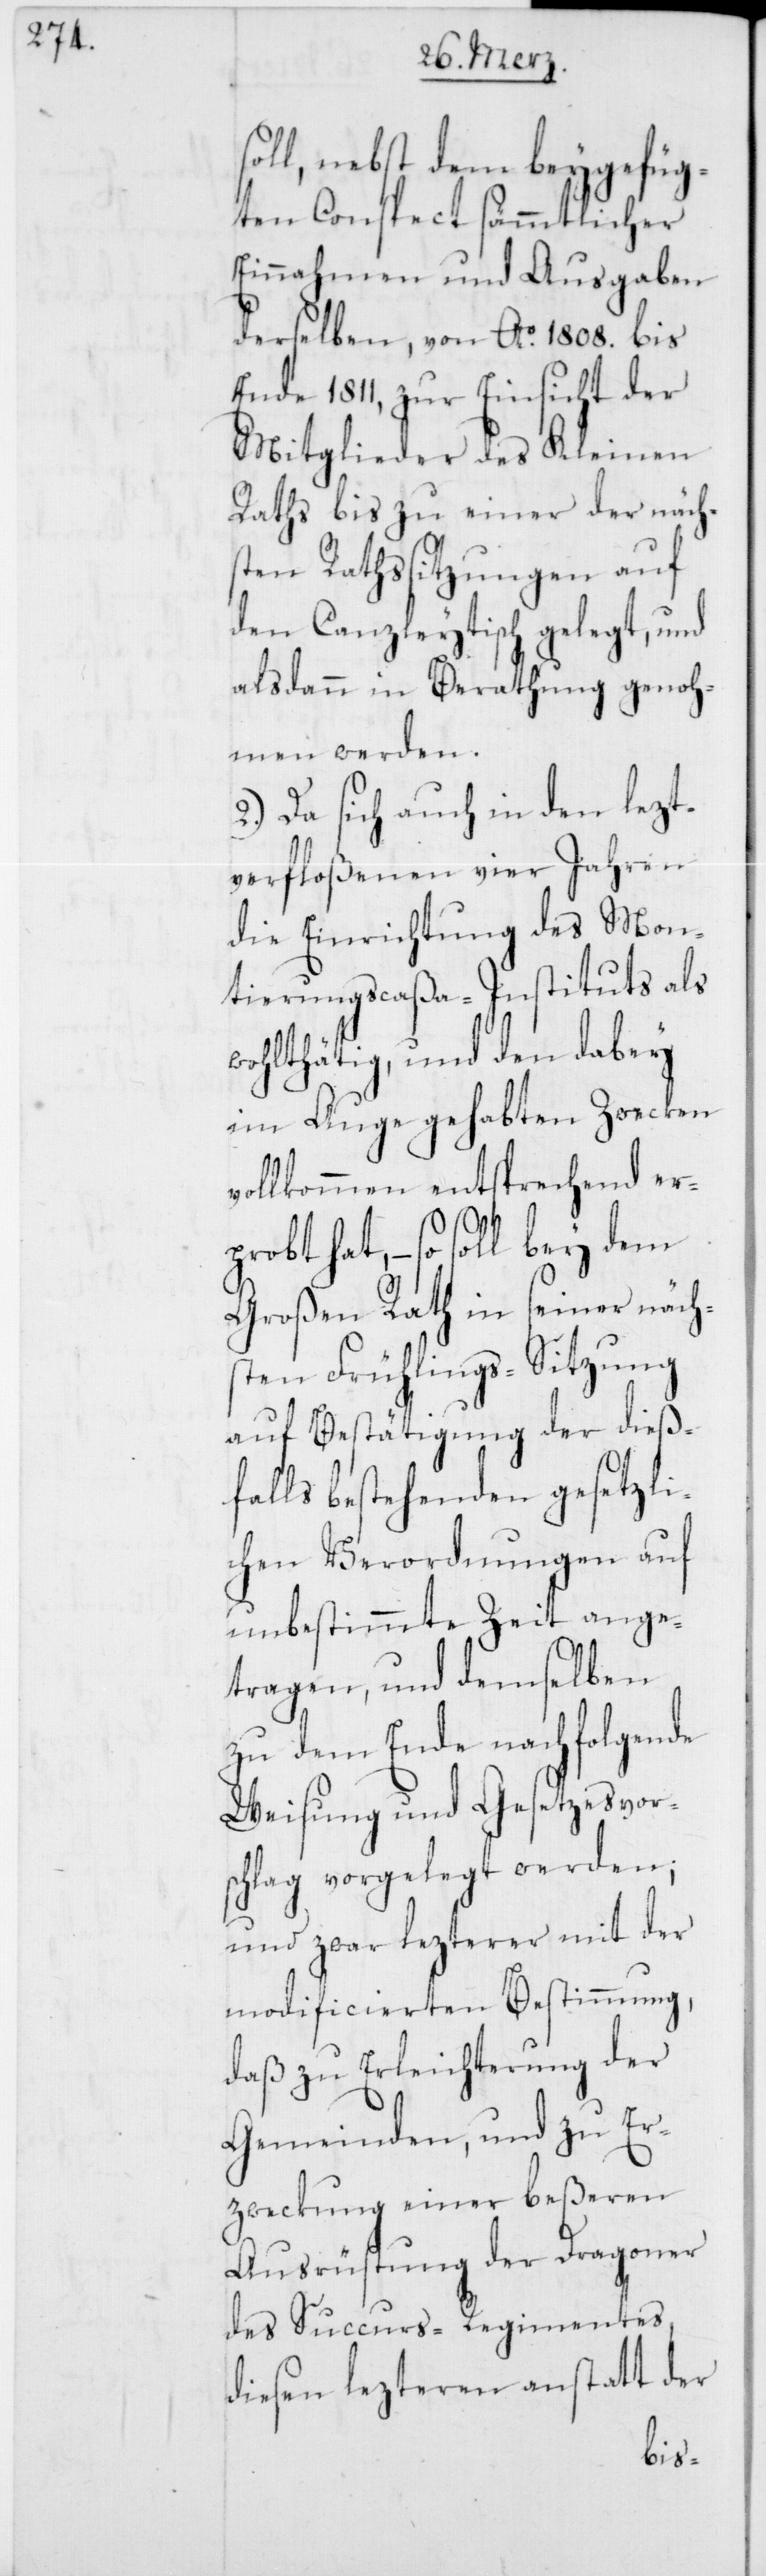
soll, nebst dem beygefüg¬
ten Conspect sämmtlicher
Einnahmen und Ausgaben
derselben, von Ao. 1808. bis
Ende 1811, zur Einsicht der
Mitglieder des Kleinen
Raths bis zu einer der näch¬
sten Rathssitzungen auf
den Canzleytisch gelegt, und
alsdann in Berathung genoh¬
men werden.
2.) Da sich auch in den lezt¬
verfloßenen vier Jahren
die Einrichtung des Mon¬
tierungscaßa-Instituts als
wohlthätig, und den dabey
im Auge gehabten Zwecken
vollkommen entsprechend erp¬
robt hat, – so soll bey dem
Großen Rath in seiner näch¬
sten Frühlings-Sitzung
auf Bestätigung der dieß¬
falls bestehenden gesetzli¬
chen Verordnungen auf
unbestimmte Zeit ange¬
tragen, und demselben
zu dem Ende nachfolgende
Weisung und Gesetzesvor¬
schlag vorgelegt werden;
und zwar lezterer mit
modificierten Bestimmung,
daß zu Erleichterung der
Gemeinden, und zu Er¬
zweckung einer beßeren
Ausrüstung der Dragoner
des Succurs-Regimentes,
diesen lezteren anstatt der